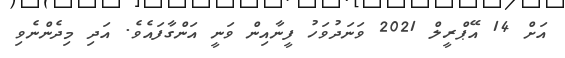
އަށް 14 އޭޕްރީލް 2021 ވަނަދުވަހު ފީނާއިން ވަނީ އަންގާފައެވެ. އަދި މިދެންނެވި